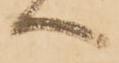
へ